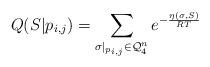
LaTeX: \begin{align*}Q(S|p_{i,j}) = \sum_{\sigma |_{p_{i,j}} \in \mathcal{Q}^n_4} e^{-\frac{\eta(\sigma, S)}{RT}} \end{align*}